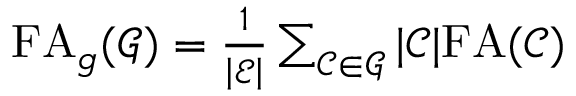
\begin{array} { r } { \mathrm { F A } _ { g } ( \mathcal { G } ) = \frac { 1 } { \left| \mathcal { E } \right| } \sum _ { \mathcal { C } \in \mathcal { G } } | \mathcal { C } | \mathrm { F A } ( \mathcal { C } ) } \end{array}